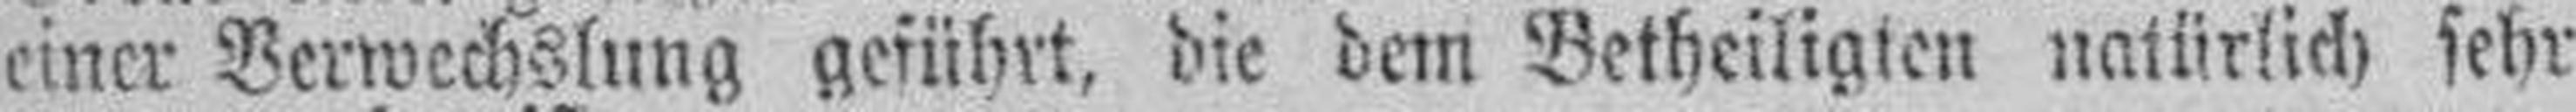
einer Verwechslung geführt, die dem Betheiligten natürlich sehr